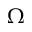
\Omega